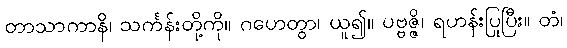
တာသာကာနိ၊ သင်္ကန်းတို့ကို။ ဂဟေတွာ၊ ယူ၍။ ပဗ္ဗဇ္ဇိ၊ ရဟန်းပြုပြီး။ တံ၊